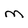
Character: M